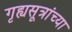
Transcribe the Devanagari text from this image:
गृह्यसूत्रांच्या